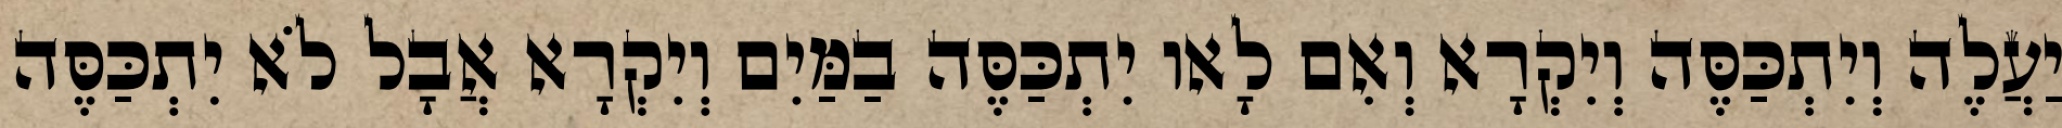
יַעֲלֶה וְיִתְכַּסֶּה וְיִקְרָא וְאִם לָאו יִתְכַּסֶּה בַמַּיִם וְיִקְרָא אֲבָל לֹא יִתְכַּסֶּה